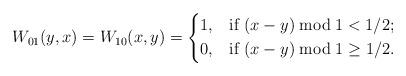
LaTeX: \begin{align*} W_{01}(y,x) & = W_{10}(x,y) = \begin{dcases*} 1, & if~$(x-y)\bmod 1 < 1/2$;\\ 0, & if~$(x-y)\bmod 1 \geq 1/2$. \end{dcases*} \end{align*}